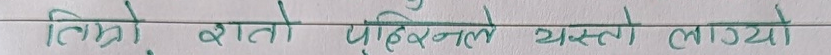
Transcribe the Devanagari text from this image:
तिमी, रातो पहिरनले यस्तो लाग्यो